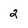
Character: 2